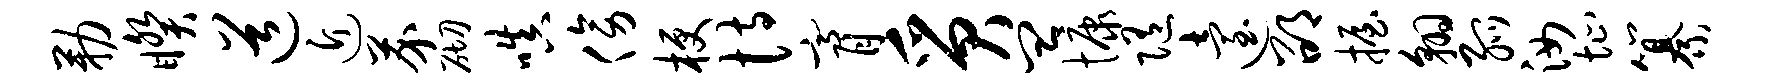
勒睽道近芥砌嗔傍梗恃膏质皿慷随迨邵握翱弧汝址纂